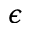
\epsilon